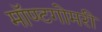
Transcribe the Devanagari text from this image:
मॉण्टगोमरी